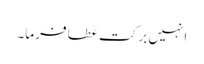
انہیں برکت عطا فرما۔